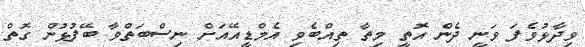
ވިދާޅުވެފަ ވަނީ ދެން އޮތީ މިތާ ތިއްބެވި އެމްޑީއޭއަށް ނިސްބަތްވާ ބޭފުޅުން ގޮތް